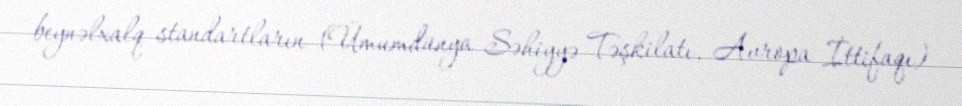
beynəlxalq standartların (Ümumdünya Səhiyyə Təşkilatı, Avropa İttifaqı)